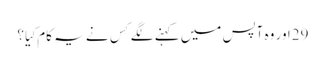
29اور وہ آپس میں کہنے لگے کِس نے یہ کام کِیا؟